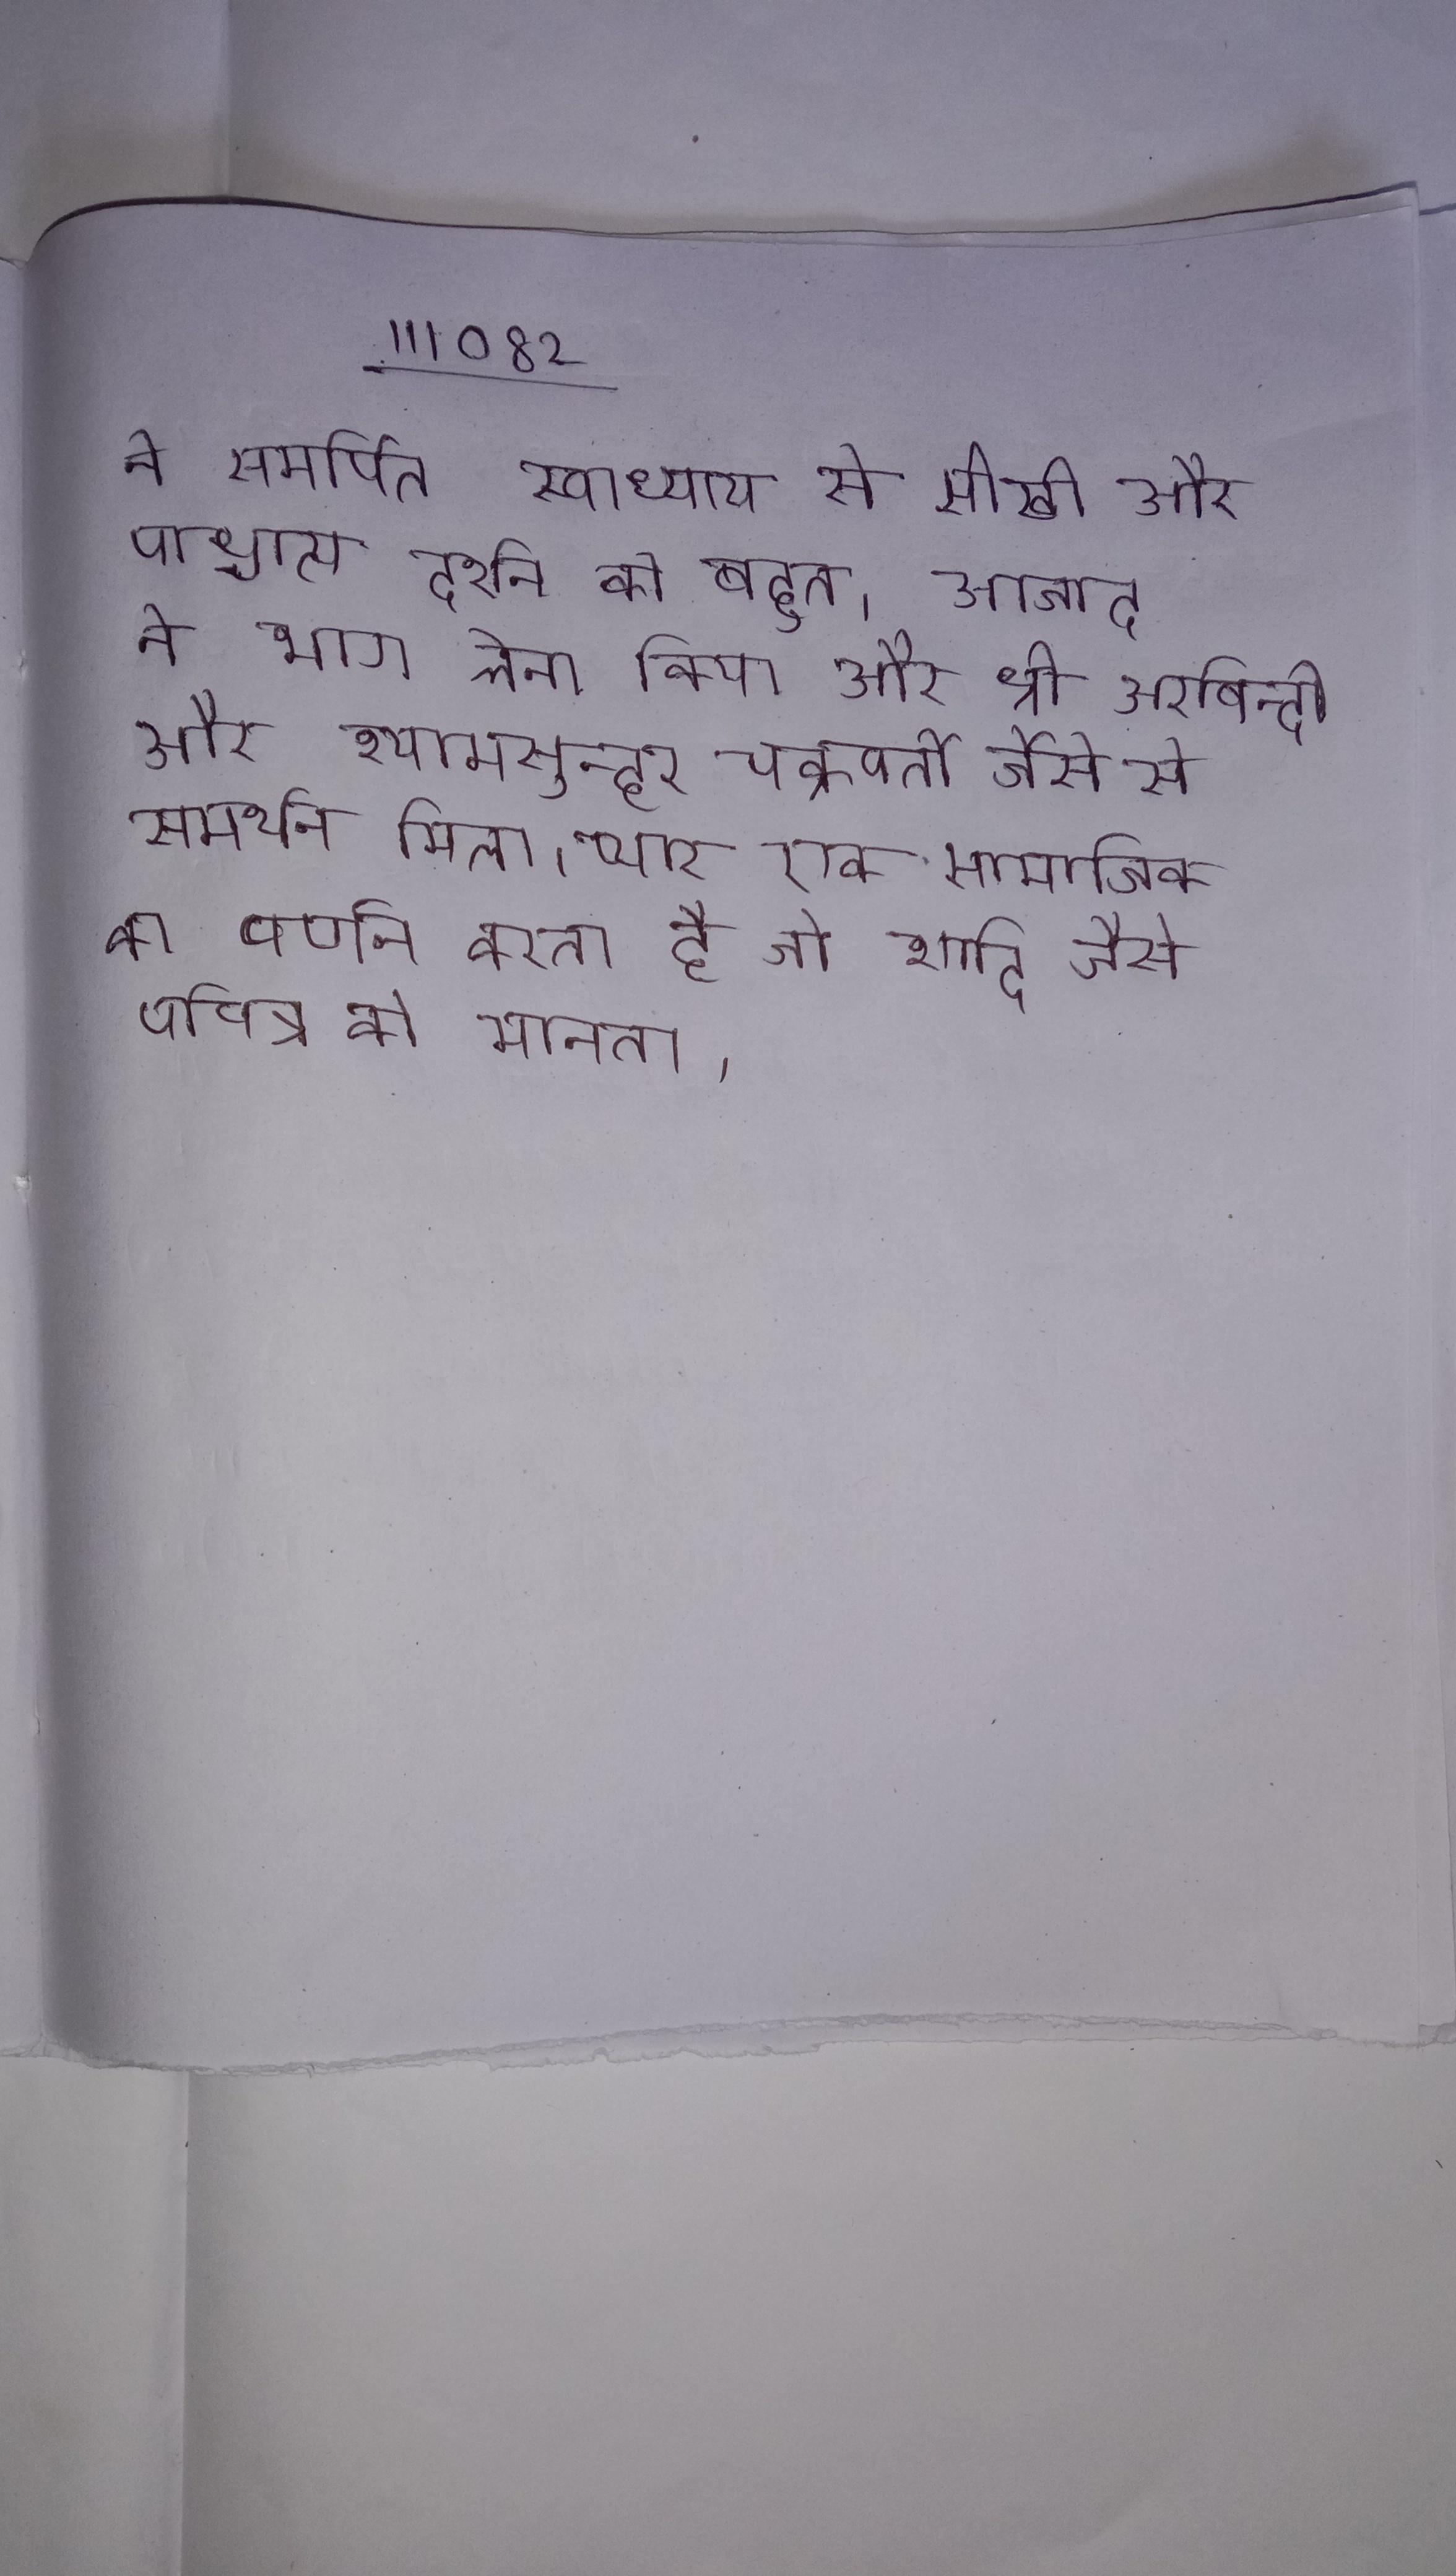
ने समर्पित स्वाध्याय से सीखी और पाश्चात्य दर्शन को बहुत । आजाद ने भाग लेना किया और श्री अरबिन्दो और श्यामसुन्हर चक्रवर्ती जैसे से समर्थन मिला । प्यार एक सामाजिक का वर्णन करता है जो शादि जैसे पवित्र को मानता ।